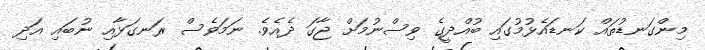
މިންގަނޑުތައް ކަނޑައެޅުމުގައި ބުއްދީގެ ވިސްނުމަށް ޖާގަ ދެއެވެ. ނަމަވެސް ރަނގަޅާއި ނުބައި އަދި